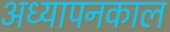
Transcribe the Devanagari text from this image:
अध्यापनकाल